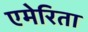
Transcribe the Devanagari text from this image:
एमेरिता